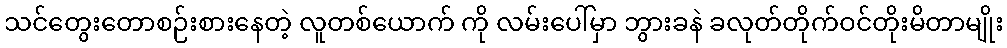
သင်တွေးတောစဉ်းစားနေတဲ့ လူတစ်ယောက် ကို လမ်းပေါ်မှာ ဘွားခနဲ ခလုတ်တိုက်ဝင်တိုးမိတာမျိုး